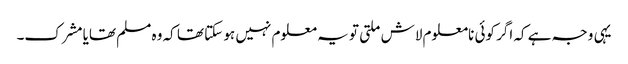
یہی وجہ ہے کہ اگر کوئی نامعلوم لاش ملتی تو یہ معلوم نہیں ہو سکتا تھا کہ وہ مسلم تھایا مشرک۔